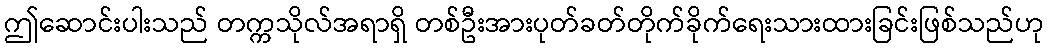
ဤဆောင်းပါးသည် တက္ကသိုလ်အရာရှိ တစ်ဦးအားပုတ်ခတ်တိုက်ခိုက်ရေးသားထားခြင်းဖြစ်သည်ဟု